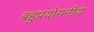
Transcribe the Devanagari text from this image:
बहुप्रयोगनीय